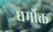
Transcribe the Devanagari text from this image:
धर्मोक्त